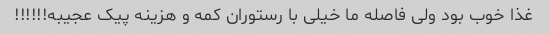
غذا خوب بود ولی فاصله ما خیلی با رستوران کمه و هزینه پیک عجیبه!!!!!!